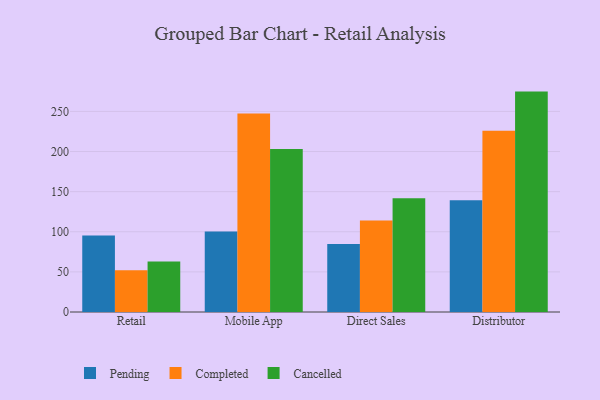
{"axis": {"x": "Channel", "y": "Operating Costs (USD K)"}, "legend": ["Cancelled", "Completed", "Pending"], "data": [{"x": "Retail", "y": 95.4, "type": "Pending"}, {"x": "Retail", "y": 51.9, "type": "Completed"}, {"x": "Retail", "y": 62.8, "type": "Cancelled"}, {"x": "Mobile App", "y": 100.2, "type": "Pending"}, {"x": "Mobile App", "y": 247.3, "type": "Completed"}, {"x": "Mobile App", "y": 203.3, "type": "Cancelled"}, {"x": "Direct Sales", "y": 84.7, "type": "Pending"}, {"x": "Direct Sales", "y": 114.0, "type": "Completed"}, {"x": "Direct Sales", "y": 141.7, "type": "Cancelled"}, {"x": "Distributor", "y": 139.4, "type": "Pending"}, {"x": "Distributor", "y": 225.9, "type": "Completed"}, {"x": "Distributor", "y": 274.7, "type": "Cancelled"}]}